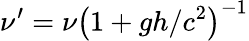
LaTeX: \nu^{\prime}=\nu\left(1+gh/c^{2}\right)^{-1}